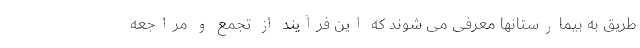
طریق به بیمارستانها معرفی می شوند که این فرآیند از تجمع و مراجعه